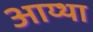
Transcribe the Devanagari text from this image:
आय्था